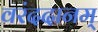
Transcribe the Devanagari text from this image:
वरंददानम्